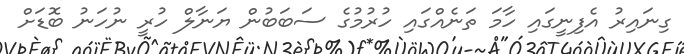
ގިނައިރު އެފިނީގައި ހާމަ ތަނެއްގައި ހުރުމުގެ ސަބަބުން ޔަނާލް ހުރީ ނުހަނު ބޮޑަށް